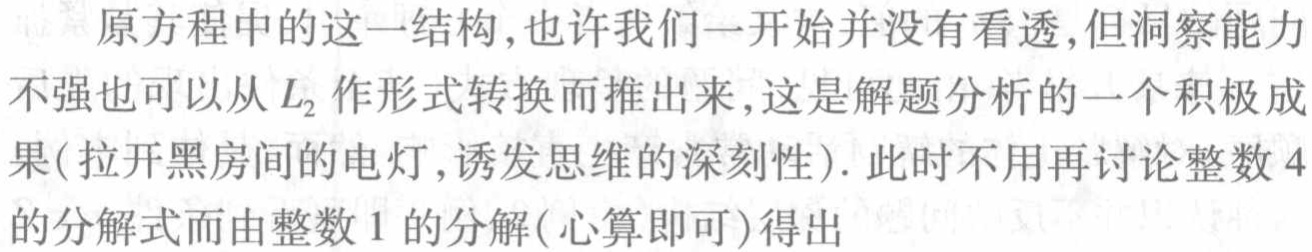
原方程中的这一结构,也许我们一开始并没有看透,但洞察能力不强也可以从 \(L_2\) 作形式转换而推出来,这是解题分析的一个积极成果(拉开黑房间的电灯,诱发思维的深刻性). 此时不用再讨论整数 \(4\) 的分解式而由整数 \(1\) 的分解(心算即可)得出